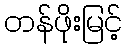
တန်ဖိုးမြင့်